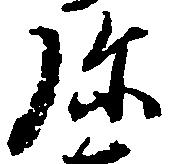
弥